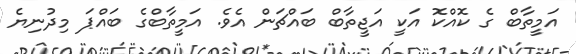
އަމީތާބް ގެ ކޮއްކޮ އަކީ އަޖީތާބް ބައްޗަން އެވެ. އަމީތާބްގެ ބައްޕަ މިދުނިޔެ